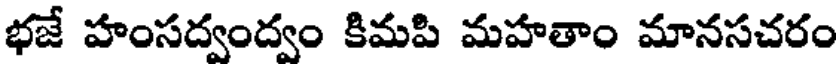
భజే హంసద్వంద్వం కిమపి మహతాం మానసచరం